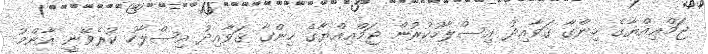
ޖަމްޢިއްޔާގެ ހިންގާ ޤަވާއިދު އިސްލާހުކުރުން ޖަމްޢިއްޔާގެ ހިންގާ ޤަވާއިދު އިސްލާހު ކުރެވޭނީ އާންމު